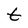
Character: t